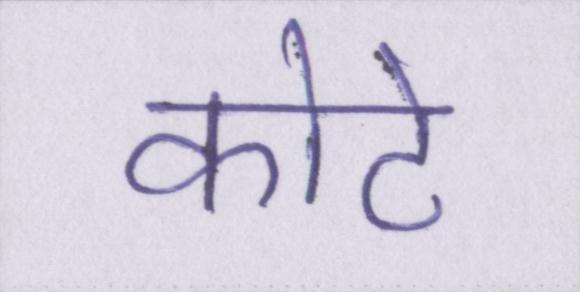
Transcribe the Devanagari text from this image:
कोटे